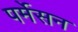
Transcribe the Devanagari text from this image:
पर्मेसन